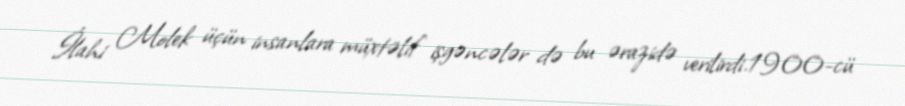
İlahi Molek üçün insanlara müxtəlif işgəncələr də bu ərazidə verilirdi.1900-cü